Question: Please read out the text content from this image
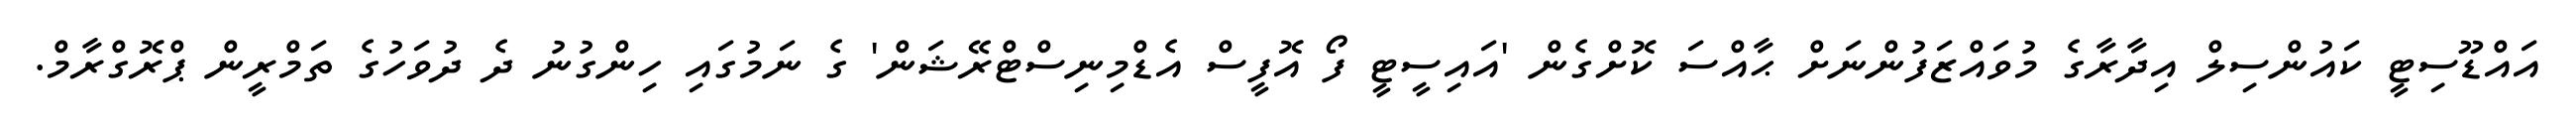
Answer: އައްޑޫސިޓީ ކައުންސިލް އިދާރާގެ މުވައްޒަފުންނަށް ޙާއްސަ ކޮށްގެން 'އައިސީޓީ ފޯ އޮފީސް އެޑްމިނިސްޓްރޭޝަން' ގެ ނަމުގައި ހިންގުނު ދެ ދުވަހުގެ ތަމްރީން ޕްރޮގްރާމް.